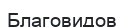
Благовидов